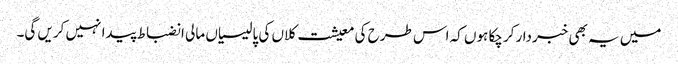
میں یہ بھی خبردار کرچکا ہوں کہ اس طرح کی معیشت کلاں کی پالیسیاں مالی انضباط پیدا نہیں کریں گی۔